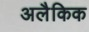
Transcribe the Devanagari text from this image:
अलैकिक